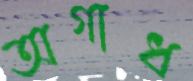
অগাধ